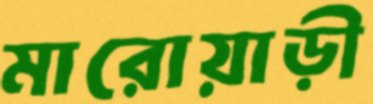
মারোয়াড়ী